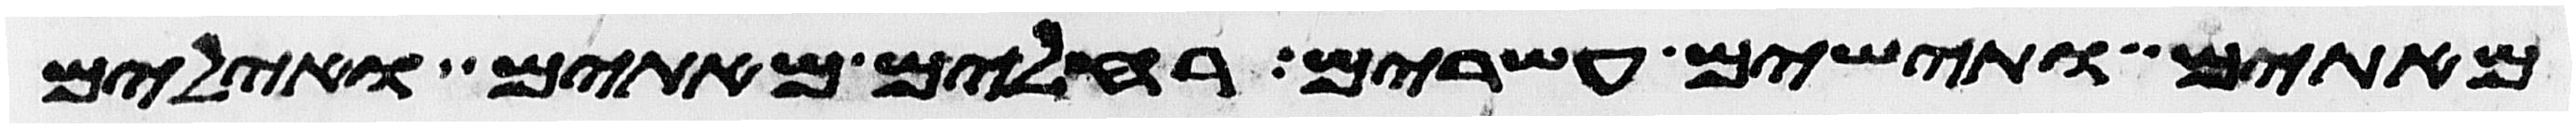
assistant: מאתים ותישים עשרים רחלים מאתים ואילים